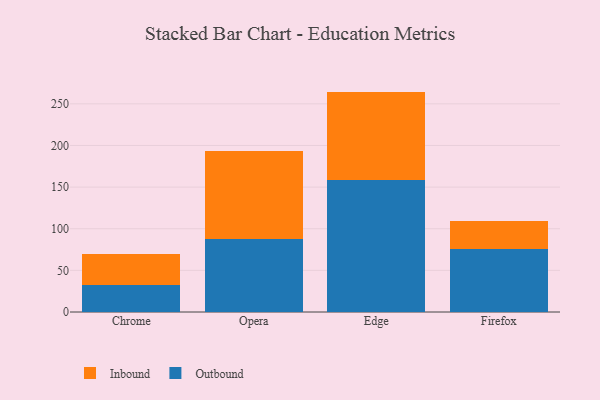
{"axis": {"x": "Browser", "y": "Net Income (USD K)"}, "legend": ["Inbound", "Outbound"], "data": [{"x": "Chrome", "y": 32.6, "type": "Outbound"}, {"x": "Chrome", "y": 36.9, "type": "Inbound"}, {"x": "Opera", "y": 87.3, "type": "Outbound"}, {"x": "Opera", "y": 106.1, "type": "Inbound"}, {"x": "Edge", "y": 158.6, "type": "Outbound"}, {"x": "Edge", "y": 106.1, "type": "Inbound"}, {"x": "Firefox", "y": 76.2, "type": "Outbound"}, {"x": "Firefox", "y": 32.5, "type": "Inbound"}]}